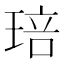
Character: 琣